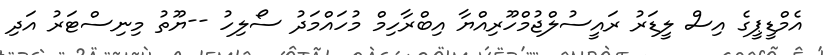
އެމްޑީޕީގެ އިސް ލީޑަރު ރައީސުލްޖުމްހޫރިއްޔާ އިބްރާހިމް މުހައްމަދު ސޯލިހު --ޔޫތު މިނިސްޓަރު އަދި